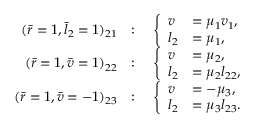
\begin{array} { r l } { ( \bar { r } = 1 , \bar { l } _ { 2 } = 1 ) _ { 2 1 } } & { : \quad \left\{ \begin{array} { l l } { v } & { = \mu _ { 1 } v _ { 1 } , } \\ { l _ { 2 } } & { = \mu _ { 1 } , } \end{array} \right. } \\ { ( \bar { r } = 1 , \bar { v } = 1 ) _ { 2 2 } } & { : \quad \left\{ \begin{array} { l l } { v } & { = \mu _ { 2 } , } \\ { l _ { 2 } } & { = \mu _ { 2 } l _ { 2 2 } , } \end{array} \right. } \\ { ( \bar { r } = 1 , \bar { v } = - 1 ) _ { 2 3 } } & { : \quad \left\{ \begin{array} { l l } { v } & { = - \mu _ { 3 } , } \\ { l _ { 2 } } & { = \mu _ { 3 } l _ { 2 3 } . } \end{array} \right. } \end{array}